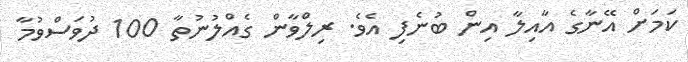
ކަމަށް އޭނާގެ އާއިލާ އިން ބުނެފި އެވެ. ރިލްވާން ގެއްލުނުތާ 100 ދުވަސްވުމާ